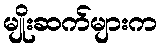
မျိုးဆက်များက